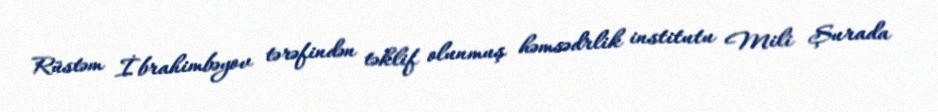
Rüstəm İbrahimbəyov tərəfindən təklif olunmuş həmsədrlik institutu Mili Şurada